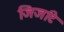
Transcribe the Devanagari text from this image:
जिजांटे